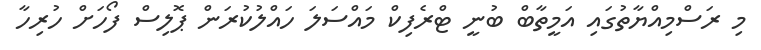
މި ރަސްމިއްޔާތުގައި އަމީތާބް ބުނީ ޓްރެފިކް މައްސަލަ ހައްލުކުރަން ޕޮލިސް ފޯހަށް ހުރިހާ